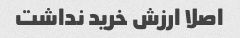
اصلا ارزش خرید نداشت